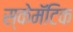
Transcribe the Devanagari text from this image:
स्केमॅटिक